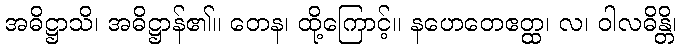
အဓိဋ္ဌာသိ၊ အဓိဋ္ဌာန်၏။ တေန၊ ထို့ကြောင့်။ နဟေတေဧတ္ထ၊ လ၊ ဝါလဓိန္တိ၊